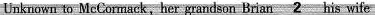
Unknown to McCormack,her grandson Brian \underline{ 2 } his wife